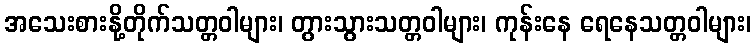
အသေးစားနို့တိုက်သတ္တဝါများ၊ တွားသွားသတ္တဝါများ၊ ကုန်းနေ ရေနေသတ္တဝါများ၊